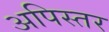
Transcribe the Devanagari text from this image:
अपिस्तर